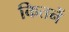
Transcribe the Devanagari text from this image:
कितनें